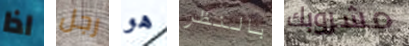
اذا رجل هو بالنظر مشروبك